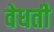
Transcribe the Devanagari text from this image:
वेधती